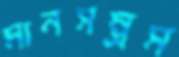
মানসম্ভ্রম